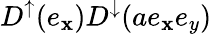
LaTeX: D^{\uparrow}(e_{\mathbf{x}})D^{\downarrow}(ae_{\mathbf{x}}e_{y})